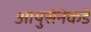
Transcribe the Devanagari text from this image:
आयुसेनेकडे